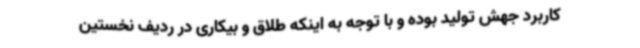
کاربرد جهش تولید بوده و با توجه به اینکه طلاق و بیکاری در ردیف نخستین